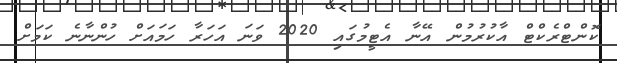
ކޮންޓްރެކްޓް އާކުރުމުން އޭނާ އެޓީމުގައި 2020 ވަނަ އަހަރާ ހަމައަށް ހުންނާނެ ކަމަށް